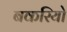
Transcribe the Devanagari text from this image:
बकरियो